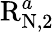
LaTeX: \mathrm{R}_{\mathrm{N},2}^{a}